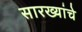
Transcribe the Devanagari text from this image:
सारख्यांचे